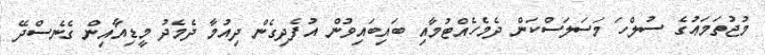
މުޖުތަމަޢުގެ ސުލްހަ މަސަލަސްކަން ދެމެހެއްޓުމާއި ބައިބައިވުން އުފެދިގެން ދިއުމާ ދެމެދު މީޑިއާއިން ގެނެސްދޭ